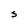
Character: s